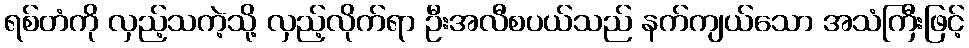
ရစ်တံကို လှည့်သကဲ့သို့ လှည့်လိုက်ရာ ဦးအလီစပယ်သည် နက်ကျယ်သော အသံကြီးဖြင့်